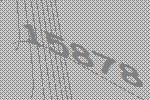
15878